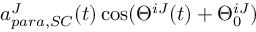
a _ { p a r a , S C } ^ { J } ( t ) \cos ( \Theta ^ { i J } ( t ) + \Theta _ { 0 } ^ { i J } )